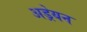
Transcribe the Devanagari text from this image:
अड्रेयन